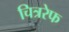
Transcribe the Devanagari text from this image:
चित्ररेफ